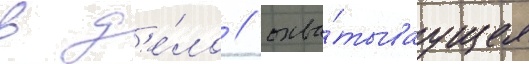
в д'е́ло / охва́тываущее